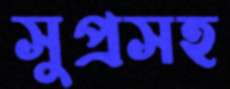
সুপ্রসহ